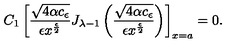
C _ { 1 } \left[ \frac { \sqrt { 4 \alpha c _ { \epsilon } } } { \epsilon x ^ { \frac { \epsilon } { 2 } } } J _ { { \lambda } - 1 } \left( \frac { \sqrt { 4 \alpha c _ { \epsilon } } } { \epsilon x ^ { \frac { \epsilon } { 2 } } } \right) \right] _ { x = a } = 0 .